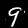
Label: 9